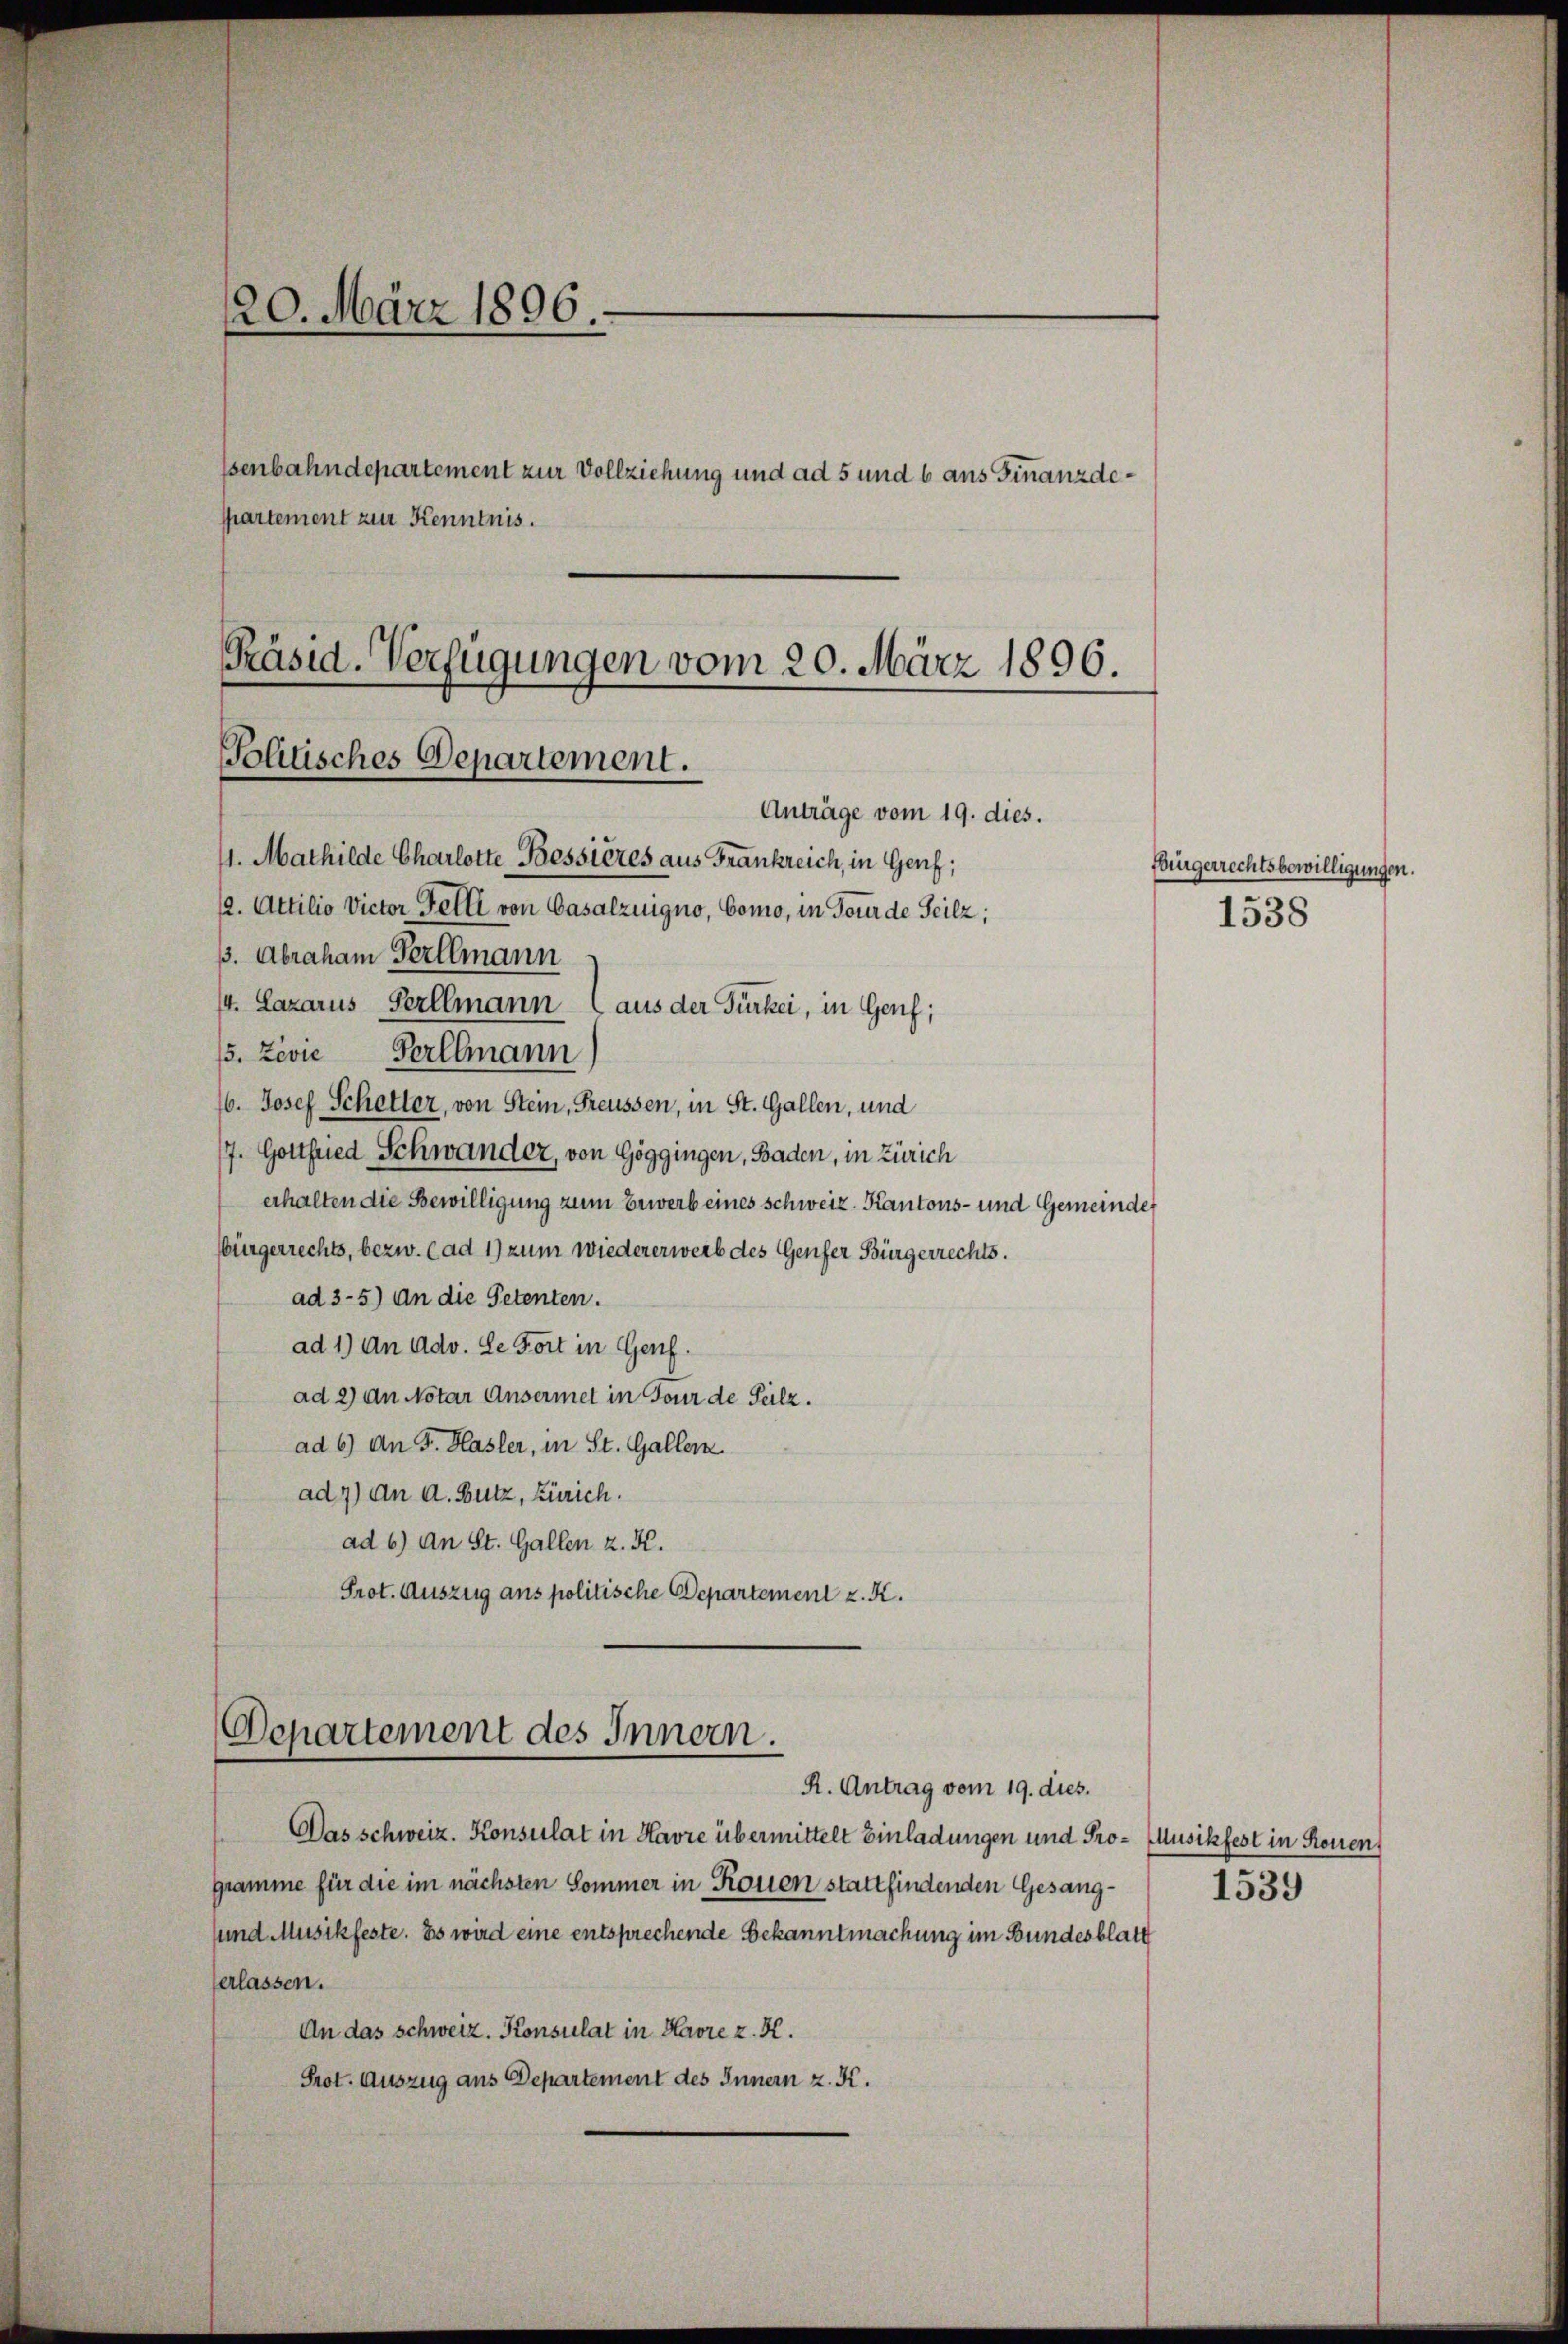
120. März 1896.
senbahndepartement zur Vollziehung und ad 5 und 6 aus Finanzdepartement zur Kenntnis.
Präsid. Verfügungen vom 20. März 1896.

Politisches Departement.
Anträge vom 19. dies.

11. Mathilde Charlotte Bessieres aus Frankreich, in Genf;
12. Attilio Victor Fetti von Casalzuigno, Como, in Tourde Seilz;
ß. Abraham Serllmann
/4. Lazarus Serllmann (aus der Türkei, in Genf;
/5. Zivie Perllmann
16. Josef Schetter, von Stein, Freussen, in St. Gallen, und
/7. Gottfried Schwander, von Göggingen, Baden, in Zürich
erhalten die Bewilligung zum Bewerb eines schweiz. Kantons- und Gemeinde,
bürgerrechts, bezw. (ad 1) zum wiedererwerb des Genfer Bürgerrechts.
ad 3-5) An die Petenten.
ad 1) an Adv. Le Fort in Genf.
ad 2) An Notar Ansermet in Tour de Pelz.
ad 6) An F. Hasler, in St. Gallern.
ad 7) an d. Butz, Zürich.
ad 6) An St. Gallen z. K.
Prot. Auszug aus politische Departement z. K.
Departement des Innern.
R. Antrag vom 19. dies.
Das schweiz. Konsulat in Havre übermittelt Einladungen und Pro- (Musikfest in Rouen,
gramme für die im nächsten Sommer in Rouen stattfindenden Gesangsund Musikfeste. Es wird eine entsprechende Bekanntmachung im Bundesblatt
erlassen.
An das schweiz. Konsulat in Havre z. K.
Prot. Auszug aus Departement des Innern z. K.

Ebigerrechtsbewilligungen.
1538

1539